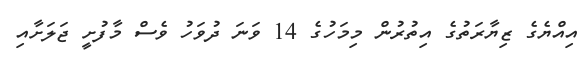
އިއްޔެގެ ޒިޔާރަތުގެ އިތުރުން މިމަހުގެ 14 ވަނަ ދުވަހު ވެސް މާފުށީ ޖަލަށާއި